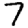
Digit: 7